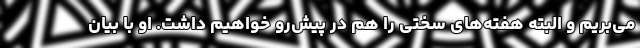
می‌بریم و البته هفته‌های سختی را هم در پیش‌رو خواهیم داشت. او با بیان